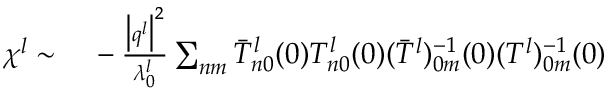
\begin{array} { r l } { \chi ^ { l } \sim } & { { } \, - \frac { \big \vert \boldsymbol { q } ^ { l } \big \vert ^ { 2 } } { \lambda _ { 0 } ^ { l } } \sum _ { n m } { \bar { T } _ { n 0 } ^ { l } ( 0 ) T _ { n 0 } ^ { l } ( 0 ) ( \bar { T } ^ { l } ) _ { 0 m } ^ { - 1 } ( 0 ) ( T ^ { l } ) _ { 0 m } ^ { - 1 } ( 0 ) } } \end{array}